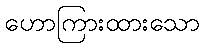
ဟောကြားထားသော